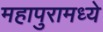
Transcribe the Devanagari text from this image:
महापुरामध्ये